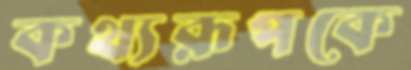
কথ্যরূপকে